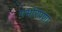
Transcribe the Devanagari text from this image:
गर्भारपणा